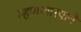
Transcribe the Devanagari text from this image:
म्हणणार्‍याने